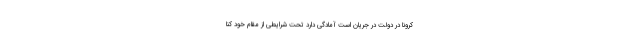
کرونا در دولت در جریان است آمادگی دارد تحت شرایطی از مقام خود کنا